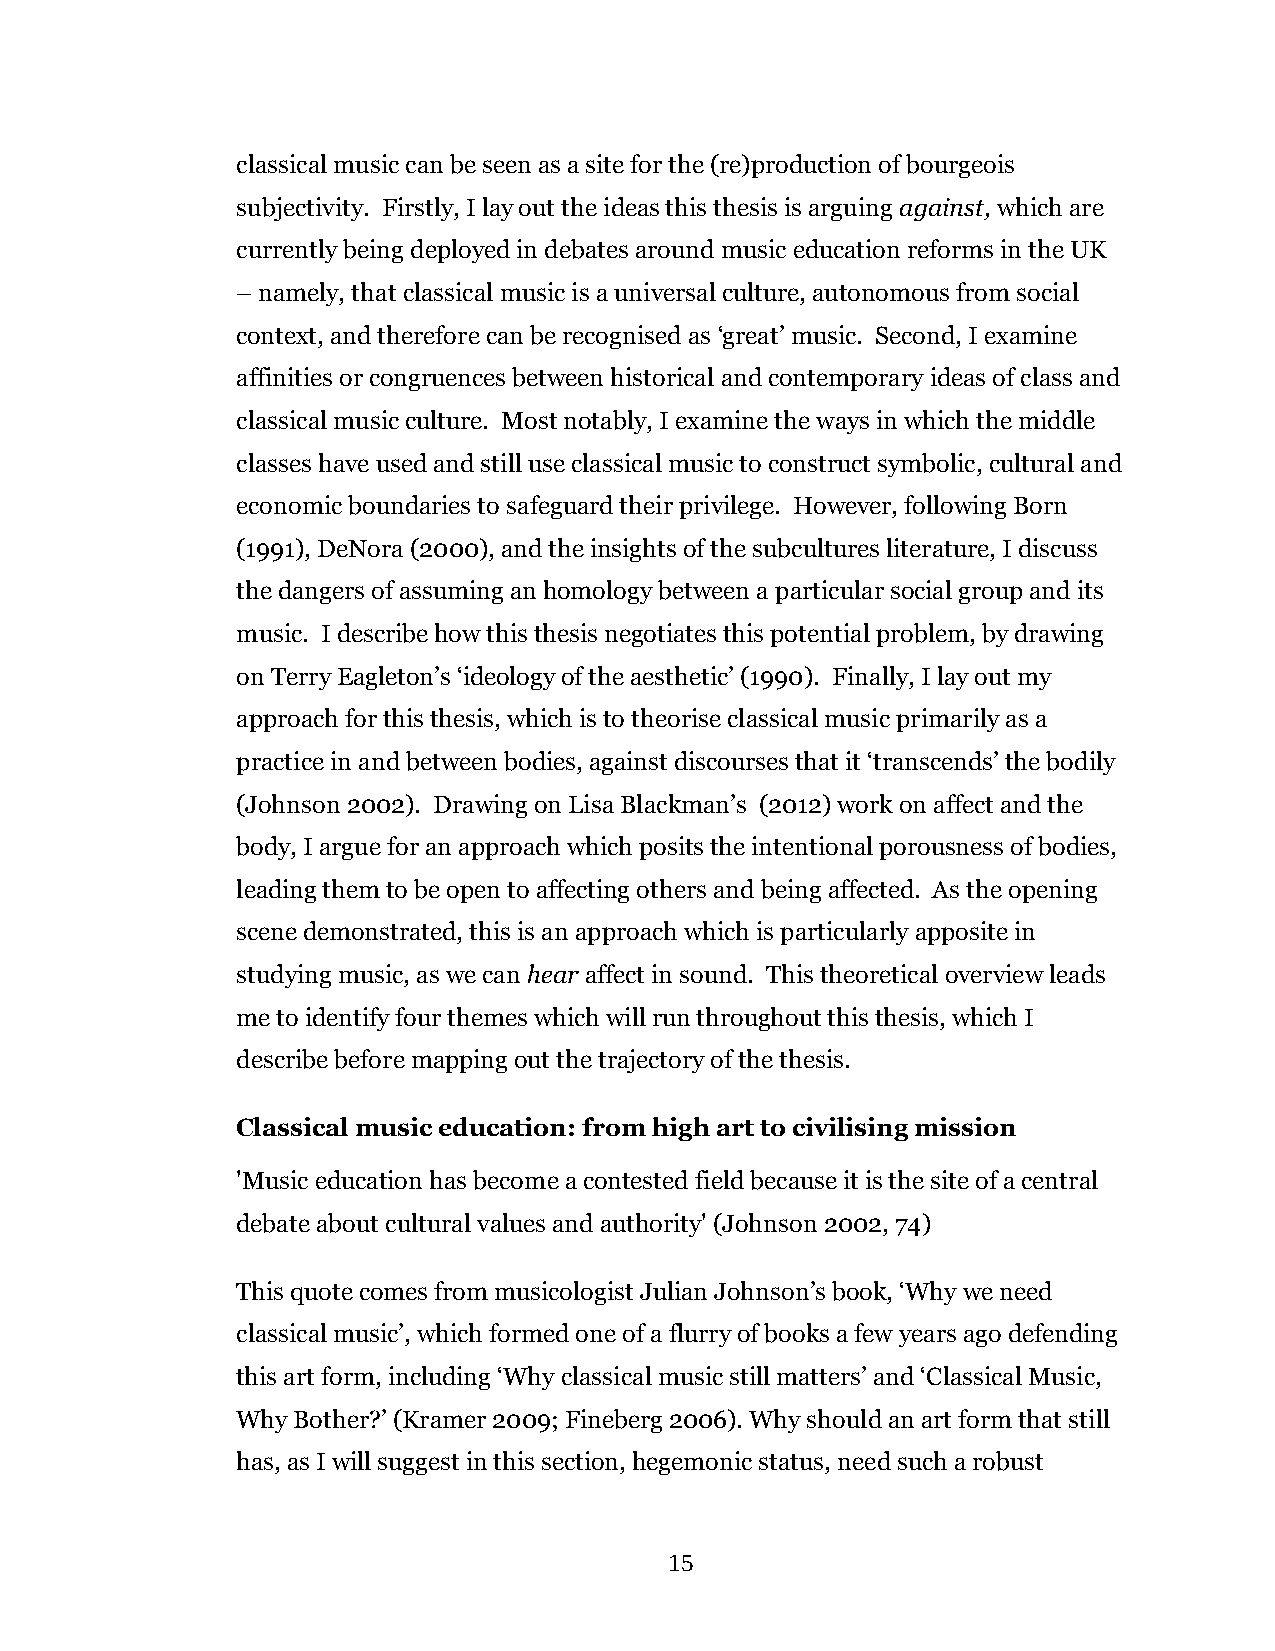
classical music can be seen as a site for the (re)production of bourgeois
 subjectivity. Firstly, I lay out the ideas this thesis is arguing against, which are
 currently being deployed in debates around music education reforms in the UK
 – namely, that classical music is a universal culture, autonomous from social
 context, and therefore can be recognised as ‘great’ music. Second, I examine
 affinities or congruences between historical and contemporary ideas of class and
 classical music culture. Most notably, I examine the ways in which the middle
 classes have used and still use classical music to construct symbolic, cultural and
 economic boundaries to safeguard their privilege. However, following Born
 (1991), DeNora (2000), and the insights of the subcultures literature, I discuss
 the dangers of assuming an homology between a particular social group and its
 music. I describe how this thesis negotiates this potential problem, by drawing
 on Terry Eagleton’s ‘ideology of the aesthetic’ (1990). Finally, I lay out my
 approach for this thesis, which is to theorise classical music primarily as a
 practice in and between bodies, against discourses that it ‘transcends’ the bodily
 (Johnson 2002). Drawing on Lisa Blackman’s (2012) work on affect and the
 body, I argue for an approach which posits the intentional porousness of bodies,
 leading them to be open to affecting others and being affected. As the opening
 scene demonstrated, this is an approach which is particularly apposite in
 studying music, as we can hear affect in sound. This theoretical overview leads
 me to identify four themes which will run throughout this thesis, which I
 describe before mapping out the trajectory of the thesis.
 Classical music education: from high art to civilising mission
 'Music education has become a contested field because it is the site of a central
 debate about cultural values and authority' (Johnson 2002, 74)
 This quote comes from musicologist Julian Johnson’s book, ‘Why we need
 classical music’, which formed one of a flurry of books a few years ago defending
 this art form, including ‘Why classical music still matters’ and ‘Classical Music,
 Why Bother?’ (Kramer 2009; Fineberg 2006). Why should an art form that still
 has, as I will suggest in this section, hegemonic status, need such a robust
 15